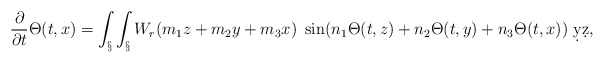
\begin{align*}\frac{\partial}{\partial t} \Theta(t,x) = \int_\S \int_\S W_r(m_1z + m_2 y + m_3 x)~\sin(n_1\Theta(t,z) + n_2\Theta(t,y) + n_3\Theta(t,x)) \ \d y \d z,\end{align*}